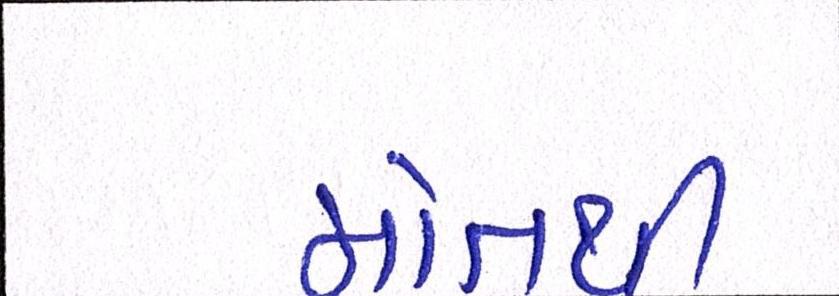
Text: મોતથી